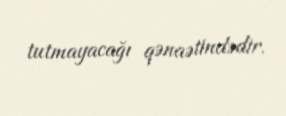
tutmayacağı qənaətindədir.